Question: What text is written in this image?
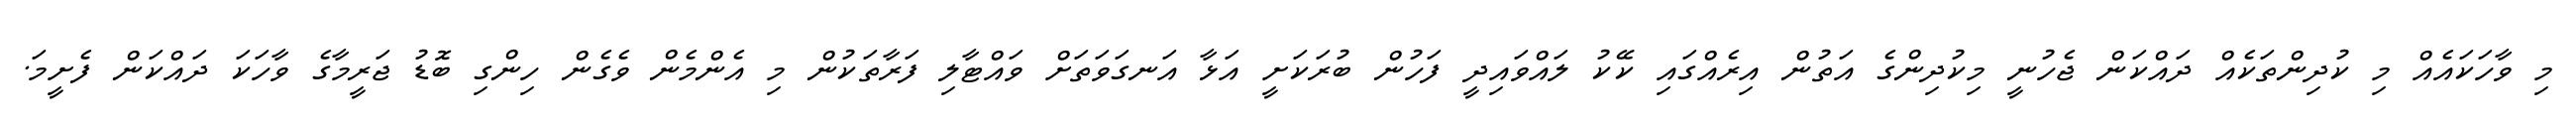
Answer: މި ވާހަކައެއް މި ކުދިންތަކެއް ދައްކަން ޖެހުނީ މިކުދިންގެ އަތުން އިރެއްގައި ކޭކު ލައްވައިދީ ފަހުން ބުރަކަށީ އަޅާ އަނގަވަތަށް ވައްޓާލި ފަރާތަކުން މި އެންމެން ވެގެން ހިންގި ބޮޑު ޖަރީމާގެ ވާހަކަ ދައްކަން ފެށީމަ.